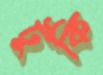
টুকি